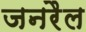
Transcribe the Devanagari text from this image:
जनरैल